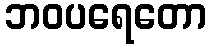
ဘဝပရေတော